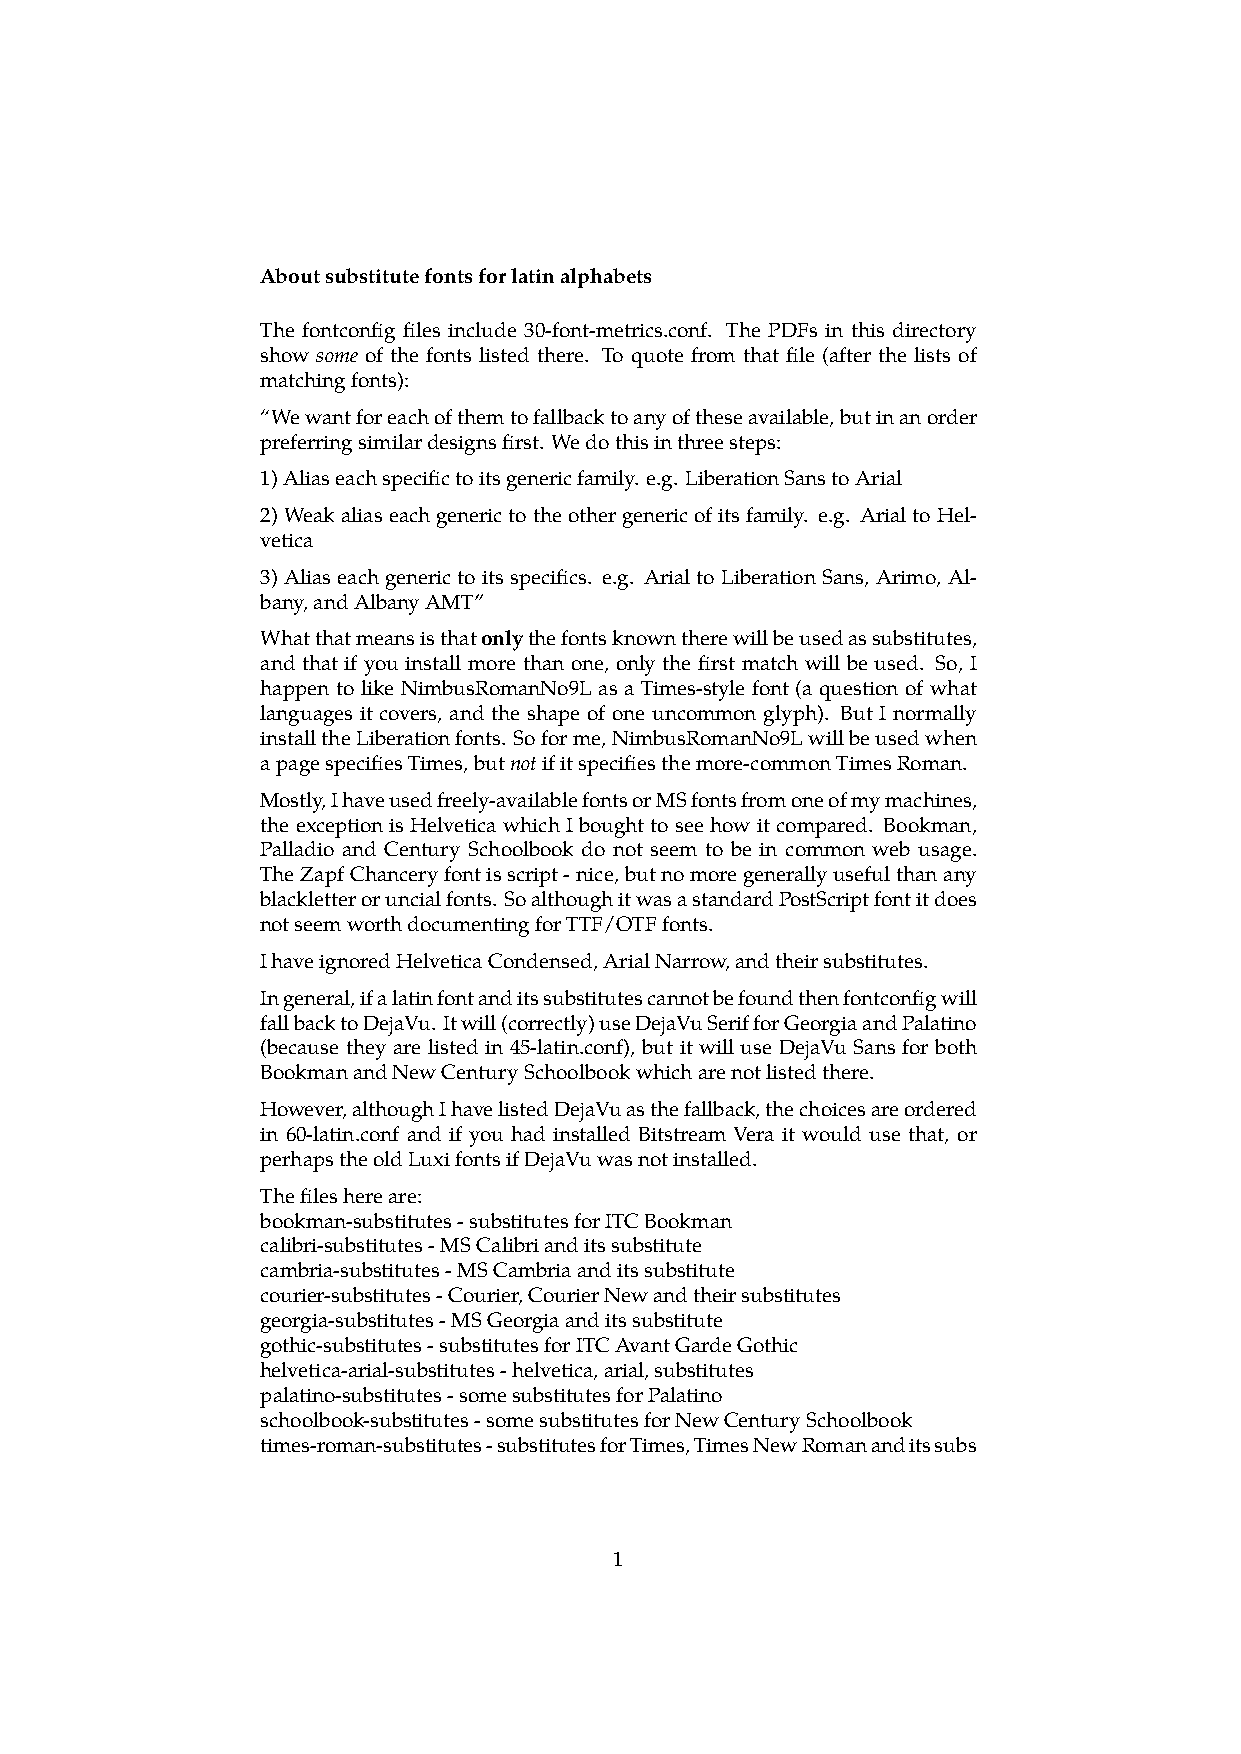
Aboutsubstitutefontsforlatinalphabets
 The fontconfig files include 30‑font‑metrics.conf. The PDFs in this directory
 show some of the fonts listed there. To quote from that file (after the lists of
 matchingfonts):
 “Wewantforeachofthemtofallbacktoanyoftheseavailable,butinanorder
 preferringsimilardesignsfirst. Wedothisinthreesteps:
 1)Aliaseachspecifictoitsgenericfamily. e.g. LiberationSanstoArial
 2)Weakaliaseachgenerictotheothergenericofitsfamily. e.g. ArialtoHel-
 vetica
 3)Aliaseachgenerictoitsspecifics. e.g. ArialtoLiberationSans, Arimo, Al-
 bany,andAlbanyAMT”
 Whatthatmeansisthatonlythefontsknowntherewillbeusedassubstitutes,
 and that if you install more than one, only the first match will be used. So, I
 happen to like NimbusRomanNo9L as a Times-style font (a question of what
 languages it covers, and the shape of one uncommon glyph). But I normally
 installtheLiberationfonts. Soforme,NimbusRomanNo9Lwillbeusedwhen
 apagespecifiesTimes,butnotifitspecifiesthemore-commonTimesRoman.
 Mostly,Ihaveusedfreely-availablefontsorMSfontsfromoneofmymachines,
 the exception is Helvetica which I bought tosee how it compared. Bookman,
 Palladio and Century Schoolbook do not seem to be in common web usage.
 TheZapfChanceryfontisscript-nice,butnomoregenerallyusefulthanany
 blackletteroruncialfonts. SoalthoughitwasastandardPostScriptfontitdoes
 notseemworthdocumentingforTTF/OTFfonts.
 IhaveignoredHelveticaCondensed,ArialNarrow,andtheirsubstitutes.
 Ingeneral,ifalatinfontanditssubstitutescannotbefoundthenfontconfigwill
 fallbacktoDejaVu. Itwill(correctly)useDejaVuSerifforGeorgiaandPalatino
 (because they are listed in 45‑latin.conf), but it will use DejaVu Sans for both
 BookmanandNewCenturySchoolbookwhicharenotlistedthere.
 However,althoughIhavelistedDejaVuasthefallback,thechoicesareordered
 in 60‑latin.conf and if you had installed Bitstream Vera it would use that, or
 perhapstheoldLuxifontsifDejaVuwasnotinstalled.
 Thefileshereare:
 bookman-substitutes-substitutesforITCBookman
 calibri-substitutes-MSCalibrianditssubstitute
 cambria-substitutes-MSCambriaanditssubstitute
 courier-substitutes-Courier,CourierNewandtheirsubstitutes
 georgia-substitutes-MSGeorgiaanditssubstitute
 gothic-substitutes-substitutesforITCAvantGardeGothic
 helvetica-arial-substitutes-helvetica,arial,substitutes
 palatino-substitutes-somesubstitutesforPalatino
 schoolbook-substitutes-somesubstitutesforNewCenturySchoolbook
 times-roman-substitutes-substitutesforTimes,TimesNewRomananditssubs
 1